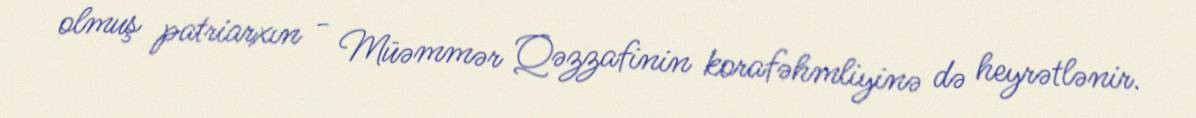
olmuş patriarxın - Müəmmər Qəzzafinin korafəhmliyinə də heyrətlənir.